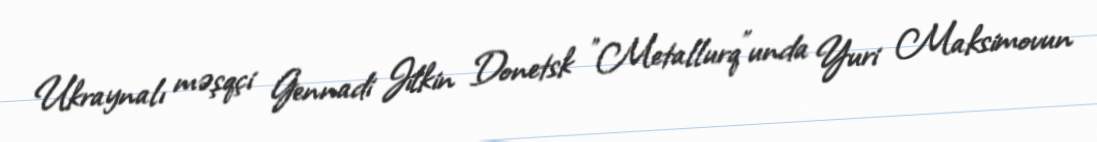
Ukraynalı məşqçi Gennadi Jilkin Donetsk "Metallurq"unda Yuri Maksimovun